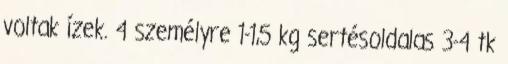
voltak ízek. 4 személyre 1-1,5 kg sertésoldalas 3-4 tk